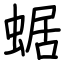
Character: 蜛